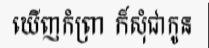
ឃើញកំព្រា ក៏សុំជាកូន